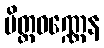
မိတ္တဝဏ္ဏေန